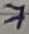
Text: 7